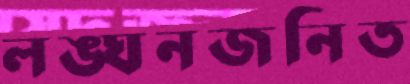
লঙ্ঘনজনিত